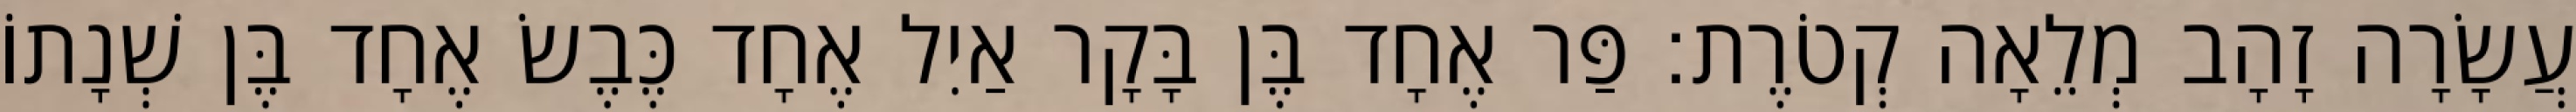
עֲשָׂרָה זָהָב מְלֵאָה קְטֹרֶת׃ פַּר אֶחָד בֶּן בָּקָר אַיִל אֶחָד כֶּבֶשׂ אֶחָד בֶּן שְׁנָתוֹ